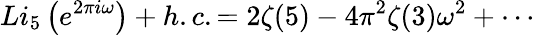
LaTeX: Li_{5}\left(e^{2\pi i\omega}\right)+h.c.=2\zeta(5)-4\pi^{2}\zeta(3)\omega^{2}+\cdots